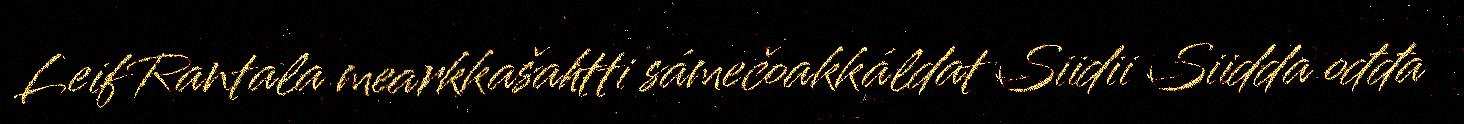
Leif Rantala mearkkašahtti sámečoakkáldat Siidii Siidda ođđa